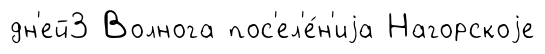
дн'ей3 Волнога пос'ел'е́н'иjа Нагорскоjе